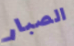
الصبار